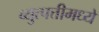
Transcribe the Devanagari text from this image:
व्युत्पत्तीमध्ये